Civil Veterinary Department. Madras. Admin. report 1926-33 - 1926-1933
Year: 1926
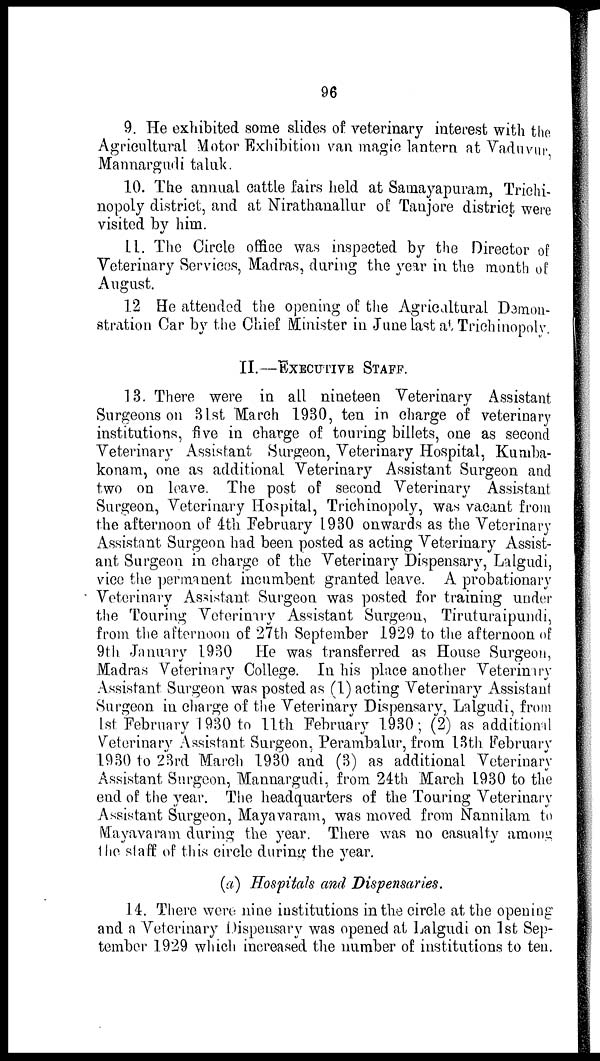
96
9. He exhibited some slides of veterinary interest with the
Agricultural Motor Exhibition van magic lantern at Vaduvur
Mannargudi taluk.
10. The annual cattle fairs held at Samayapuram, Trichi-
nopoly district, and at Nirathanallur of Tanjore district were
visited by him.
11. The Circle office was inspected by the Director of
Veterinary Services, Madras, during the year in the month of
August.
12 He attended the opening of the Agricultural Demon-
stration Car by the Chief Minister in June last at Trichinopoly.
II.—EXECUTIVE STAFF.
13. There were in all nineteen Veterinary Assistant
Surgeons on 31st March 1930, ten in charge of veterinary
institutions, five in charge of touring billets, one as second
Veterinary Assistant Surgeon, Veterinary Hospital, Kumba-
konam, one as additional Veterinary Assistant Surgeon and
two on leave. The post of second Veterinary Assistant
Surgeon, Veterinary Hospital, Trichinopoly, was vacant from
the afternoon of 4th February 1930 onwards as the Veterinary
Assistant Surgeon had been posted as acting Veterinary Assist-
ant Surgeon in charge of the Veterinary Dispensary, Lalgudi,
vice the permanent incumbent granted leave. A probationary
Veterinary Assistant Surgeon was posted for training under
the Touring Veterinary Assistant Surgeon, Tiruturaipundi,
from the afternoon of 27th September 1929 to the afternoon of
9th January 1930 He was transferred as House Surgeon,
Madras Veterinary College. In his place another Veterinary
Assistant Surgeon was posted as (1) acting Veterinary Assistant
Surgeon in charge of the Veterinary Dispensary, Lalgudi, from
1st February 1930 to 11th February 1930; (2) as additional
Veterinary Assistant Surgeon, Perambalur, from 13th February
1930 to 23rd March 1930 and (3) as additional Veterinary
Assistant Surgeon, Mannargudi, from 24th March 1930 to the
end of the year. The headquarters of the Touring Veterinary
Assistant Surgeon, Mayavaram, was moved from Nannilam to
Mayavaram during the year. There was no casualty among
the staff of this circle during the year.
(a) Hospitals and Dispensaries.
14. There were nine institutions in the circle at the opening
and a Veterinary Dispensary was opened at Lalgudi on 1st Sep-
tember 1929 which increased the number of institutions to ten.